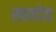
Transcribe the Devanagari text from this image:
सातदेव